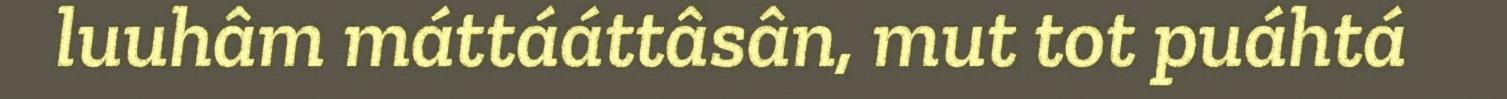
luuhâm máttááttâsân, mut tot puáhtá